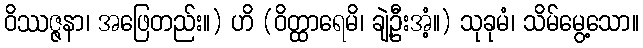
ဝိဿဇ္ဇနာ၊ အဖြေတည်း။) ဟိ (ဝိတ္ထာရေမိ၊ ချဲ့ဦးအံ့။) သုခုမံ၊ သိမ်မွေ့သော။